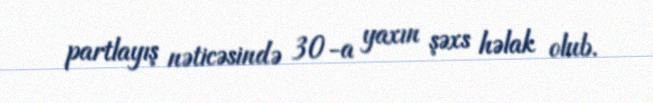
partlayış nəticəsində 30-a yaxın şəxs həlak olub.